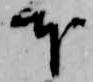
本